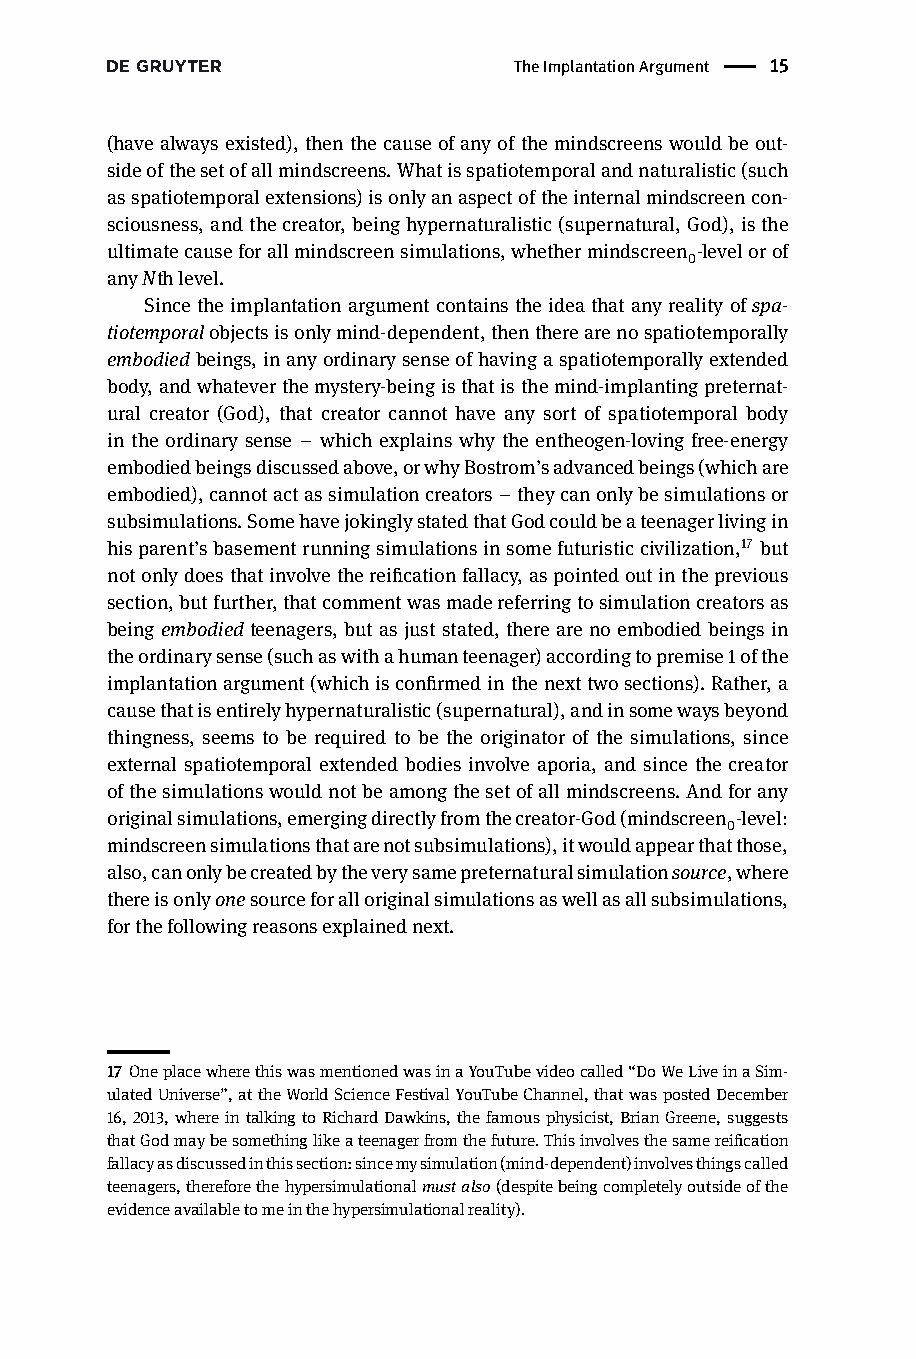
TheImplantationArgument | 15
 (havealwaysexisted),thenthecauseofanyofthemindscreenswouldbeout-
 sideofthesetofallmindscreens.Whatisspatiotemporalandnaturalistic(such
 asspatiotemporalextensions)isonlyanaspectoftheinternalmindscreencon-
 sciousness,andthecreator,beinghypernaturalistic(supernatural,God),isthe
 ultimatecauseforallmindscreensimulations,whethermindscreen -levelorof
 0
 anyNthlevel.
 Sincetheimplantationargumentcontainstheideathatany realityofspa-
 tiotemporalobjectsisonlymind-dependent,thentherearenospatiotemporally
 embodiedbeings,inanyordinarysenseofhavingaspatiotemporallyextended
 body,andwhateverthemystery-beingisthatisthemind-implantingpreternat-
 ural creator (God), that creator cannot have any sort of spatiotemporal body
 in the ordinary sense – which explains why the entheogen-loving free-energy
 embodiedbeingsdiscussedabove,orwhyBostrom’sadvancedbeings(whichare
 embodied),cannotactassimulationcreators – theycanonlybesimulationsor
 subsimulations.SomehavejokinglystatedthatGodcouldbeateenagerlivingin
 hisparent’sbasementrunningsimulationsinsomefuturisticcivilization,17 but
 notonlydoesthatinvolvethereificationfallacy,aspointedoutintheprevious
 section,butfurther,thatcommentwasmadereferringtosimulationcreatorsas
 being embodiedteenagers, but as just stated, there are no embodied beings in
 theordinarysense(suchaswithahumanteenager)accordingtopremise1ofthe
 implantationargument(whichisconfirmedinthenexttwosections).Rather,a
 causethatisentirelyhypernaturalistic(supernatural),andinsomewaysbeyond
 thingness, seems to be required to be the originator of the simulations, since
 external spatiotemporal extended bodies involve aporia, and since the creator
 ofthesimulationswouldnotbeamongthesetofallmindscreens.Andforany
 originalsimulations,emergingdirectlyfromthecreator-God(mindscreen -level:
 0
 mindscreensimulationsthatarenotsubsimulations),itwouldappearthatthose,
 also,canonlybecreatedbytheverysamepreternaturalsimulationsource,where
 thereisonlyonesourceforalloriginalsimulationsaswellasallsubsimulations,
 forthefollowingreasonsexplainednext.
 17 OneplacewherethiswasmentionedwasinaYouTubevideocalled“DoWeLiveinaSim-
 ulatedUniverse”,attheWorldScienceFestivalYouTubeChannel,thatwaspostedDecember
 16,2013,whereintalkingtoRichardDawkins,thefamousphysicist,BrianGreene,suggests
 thatGodmaybesomethinglikeateenagerfromthefuture.Thisinvolvesthesamereification
 fallacyasdiscussedinthissection:sincemysimulation(mind-dependent)involvesthingscalled
 teenagers,thereforethehypersimulationalmustalso(despitebeingcompletelyoutsideofthe
 evidenceavailabletomeinthehypersimulationalreality).